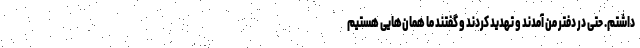
داشتم. حتی در دفتر من آمدند و تهدید کردند و گفتند ما همان‌هایی هستیم